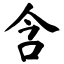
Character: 含